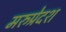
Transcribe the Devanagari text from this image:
मरुप्रेदश